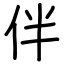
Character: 伴